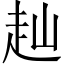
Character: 赸